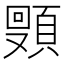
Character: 𬱈